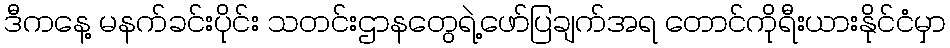
ဒီကနေ့ မနက်ခင်းပိုင်း သတင်းဌာနတွေရဲ့ဖော်ပြချက်အရ တောင်ကိုရီးယားနိုင်ငံမှာ